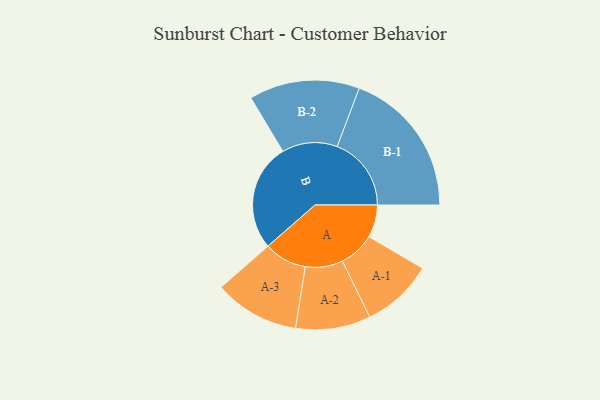
{"axis": {"x": "Segment", "y": "Value"}, "legend": ["", "A", "B"], "data": [{"x": "A", "y": 119, "type": ""}, {"x": "B", "y": 392, "type": ""}, {"x": "A-1", "y": 131, "type": "A"}, {"x": "A-2", "y": 137, "type": "A"}, {"x": "A-3", "y": 156, "type": "A"}, {"x": "B-1", "y": 271, "type": "B"}, {"x": "B-2", "y": 202, "type": "B"}]}